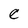
Character: e